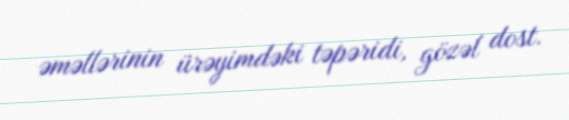
əməllərinin ürəyimdəki təpəridi, gözəl dost.